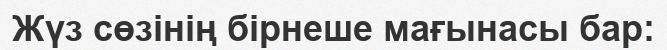
Жүз сөзінің бірнеше мағынасы бар: